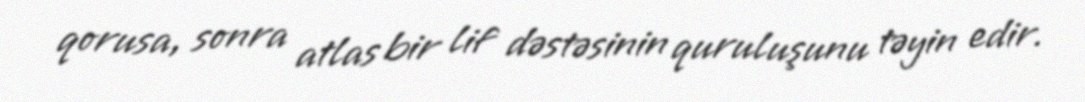
qorusa, sonra atlas bir lif dəstəsinin quruluşunu təyin edir.